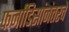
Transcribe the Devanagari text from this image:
फर्नांडिसांनंतरचे